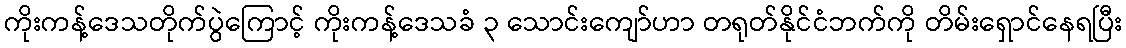
ကိုးကန့်ဒေသတိုက်ပွဲကြောင့် ကိုးကန့်ဒေသခံ ၃ သောင်းကျော်ဟာ တရုတ်နိုင်ငံဘက်ကို တိမ်းရှောင်နေရပြီး